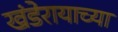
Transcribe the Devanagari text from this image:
खंडेरायाच्या